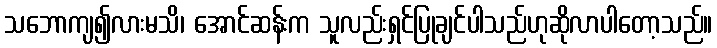
သဘောကျ၍လားမသိ၊ အောင်ဆန်းက သူလည်းရှင်ပြုချင်ပါသည်ဟုဆိုလာပါတော့သည်။